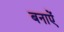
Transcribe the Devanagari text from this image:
बनाऐं